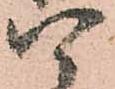
四